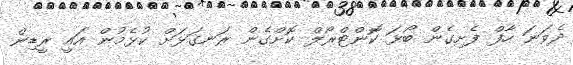
ދެވަނަ ހާފް ފެށިގެން ބޯޅަ ކޮންޓްރޯލް ކޮށްގެން ރަނގަޅަށް ކުޅެމުން އައީ ރީޑިން